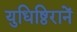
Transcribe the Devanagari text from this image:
युधिष्ठिरानें